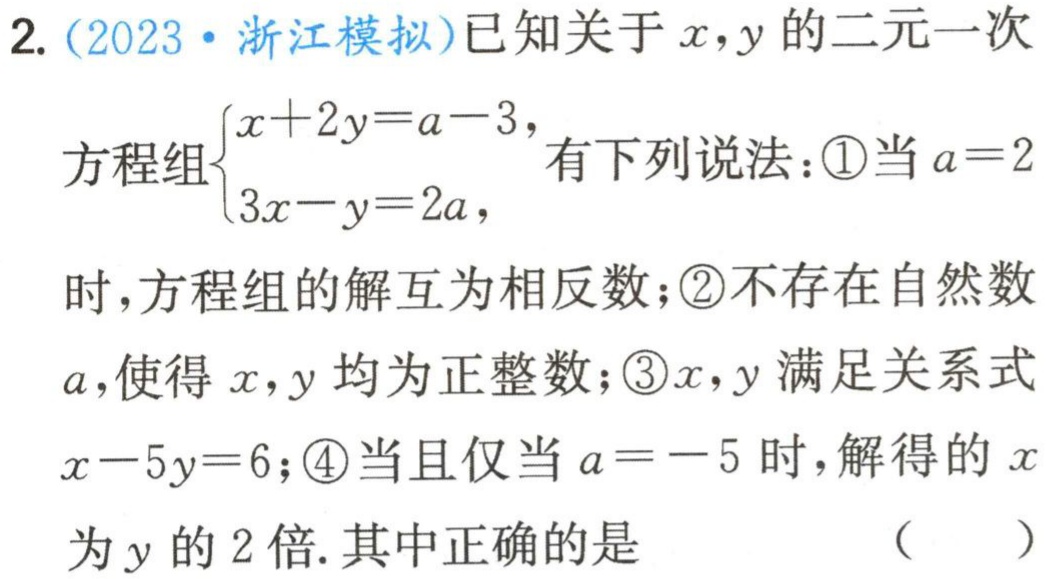
2. (2023·浙江模拟)已知关于\(x,y\)的二元一次
方程组\(\begin{cases}x + 2y = a - 3\\3x - y = 2a\end{cases}\)有下列说法：\textcircled{1}当\(a = 2\)
时，方程组的解互为相反数；\textcircled{2}不存在自然数
\(a\)，使得\(x,y\)均为正整数；\textcircled{3}\(x,y\)满足关系式
\(x - 5y = 6\)；\textcircled{4}当且仅当\(a = - 5\)时，解得的\(x\)
为\(y\)的\(2\)倍. 其中正确的是 （  ）